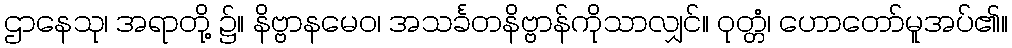
ဌာနေသု၊ အရာတို့ ၌။ နိဗ္ဗာနမေဝ၊ အသင်္ခတနိဗ္ဗာန်ကိုသာလျှင်။ ဝုတ္တံ၊ ဟောတော်မူအပ်၏။